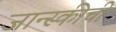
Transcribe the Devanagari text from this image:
जान्स्कीची